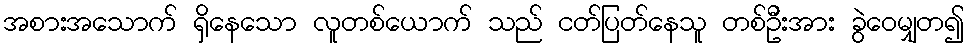
အစားအသောက် ရှိနေသော လူတစ်ယောက် သည် ငတ်ပြတ်နေသူ တစ်ဦးအား ခွဲဝေမျှတ၍